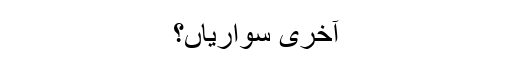
آخری سواریاں؟